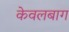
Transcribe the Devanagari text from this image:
केवलबाग